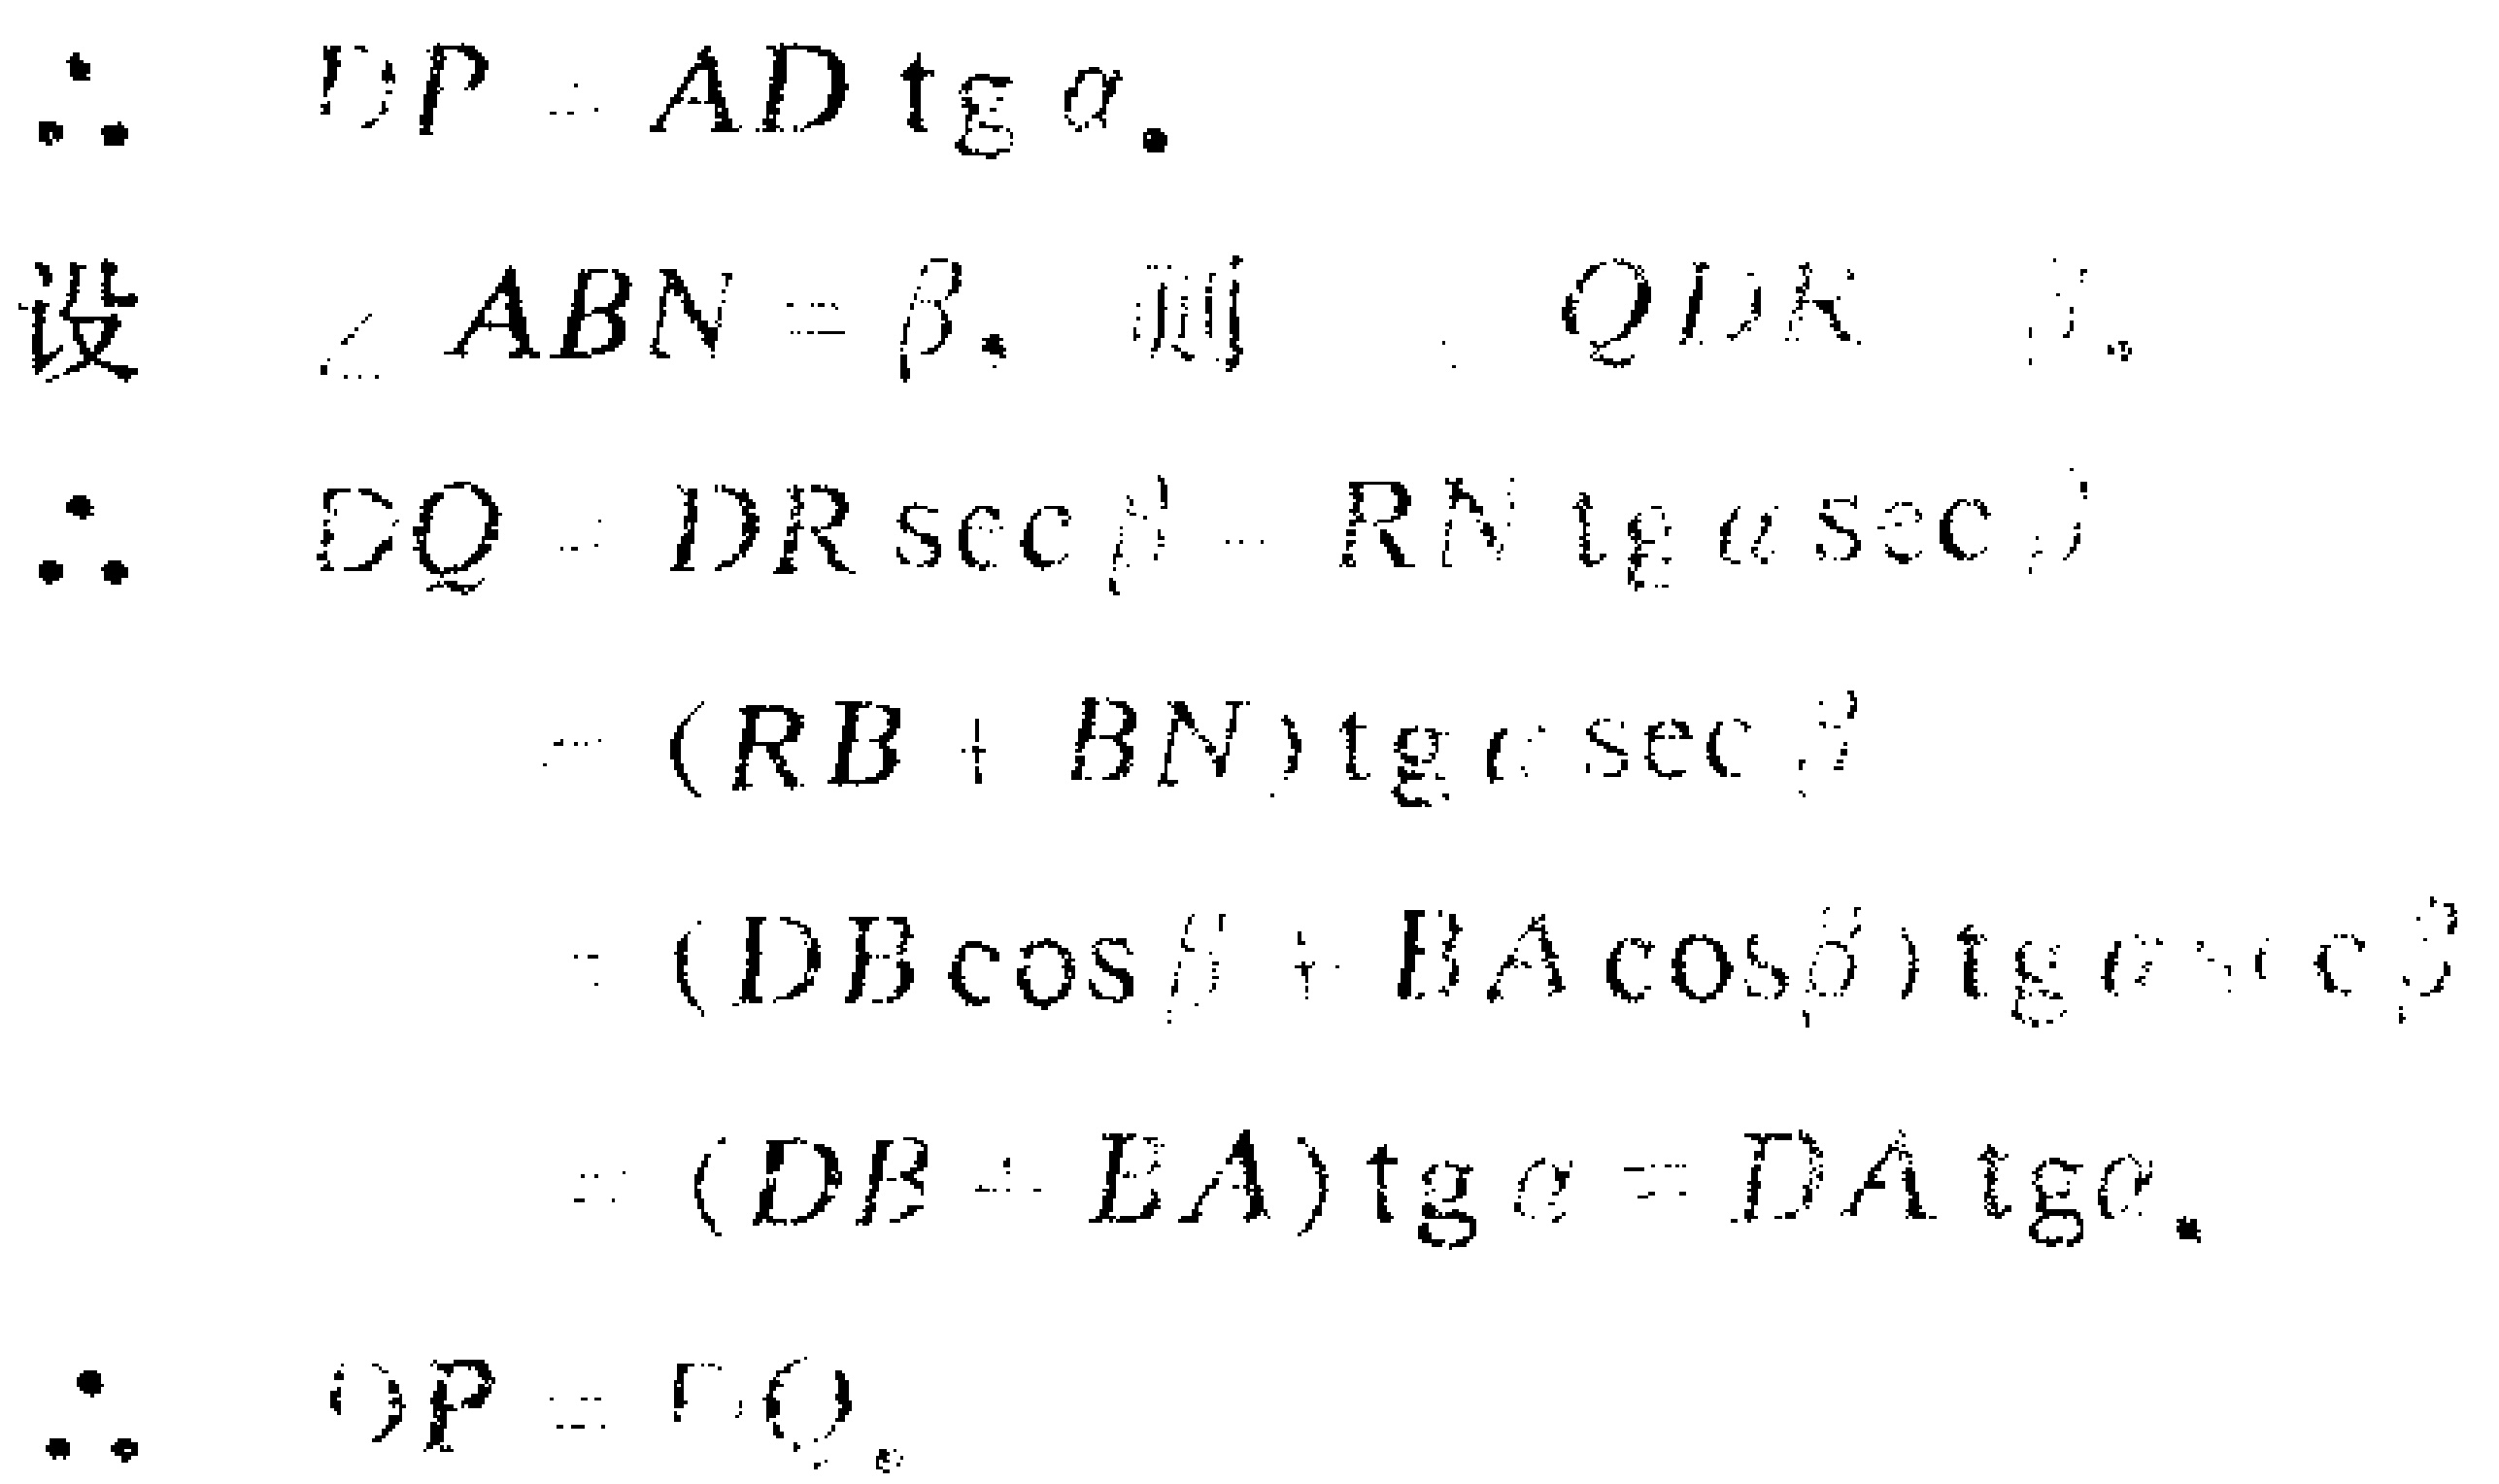
\begin{align*}
\therefore\quad DP&=AD\ \text{tg}\ \alpha.\\
\text{设}\quad\angle ABN&=\beta,\quad\text{则}\\
\therefore\quad DQ&=DR\ \text{sec}\ \beta=RN\ \text{tg}\ \alpha\ \text{sec}\ \beta\\
&=(RB + BN)\text{tg}\ \alpha\ \text{sec}\ \beta\\
&=(DB\cos\beta+BA\cos\beta)\text{tg}\ \alpha\ \text{sec}\ \beta\\
&=(DB + BA)\text{tg}\ \alpha=DA\ \text{tg}\ \alpha.\\
\therefore\quad DP&=DQ.
\end{align*}